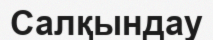
Салқындау